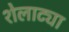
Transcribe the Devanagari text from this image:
शेलाट्या